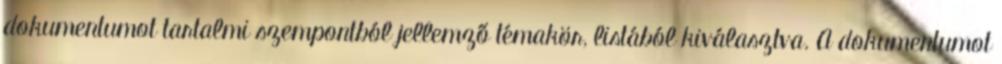
dokumentumot tartalmi szempontból jellemző témakör, listából kiválasztva. A dokumentumot